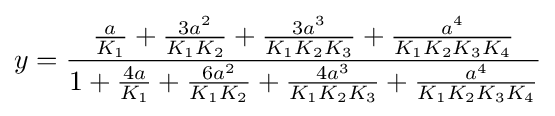
y={\frac {{\frac {a}{K_{1}}}+{\frac {3a^{2}}{K_{1}K_{2}}}+{\frac {3a^{3}}{K_{1}K_{2}K_{3}}}+{\frac {a^{4}}{K_{1}K_{2}K_{3}K_{4}}}}{1+{\frac {4a}{K_{1}}}+{\frac {6a^{2}}{K_{1}K_{2}}}+{\frac {4a^{3}}{K_{1}K_{2}K_{3}}}+{\frac {a^{4}}{K_{1}K_{2}K_{3}K_{4}}}}}